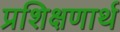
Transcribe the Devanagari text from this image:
प्रशिक्षणार्थ